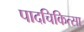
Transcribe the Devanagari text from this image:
पादचिकित्सा